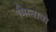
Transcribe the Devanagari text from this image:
मिरवावा